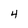
Character: 4